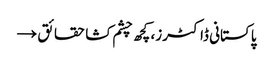
پاکستانی ڈاکٹرز، کچھ چشم کشا حقائق →